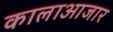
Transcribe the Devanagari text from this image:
कालाआजार